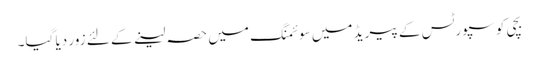
بچی کو سپورٹس کے پیریڈ میں سوئمنگ میں حصہ لینے کے لئے زور دیا گیا۔